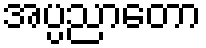
အပ္ပညာတော